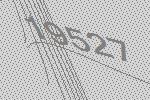
19527